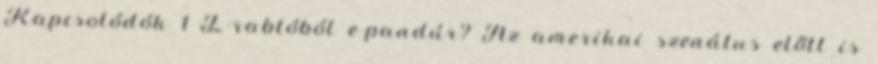
Kapcsolódók 1 E-rablóból e-pandúr? Az amerikai szenátus előtt is